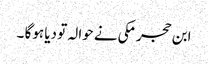
ابن حجر مکی نے حوالہ تو دیا ہوگا ۔